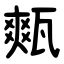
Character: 㼽